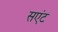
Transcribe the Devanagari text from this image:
सएंट